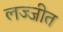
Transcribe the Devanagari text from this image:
लज्जीत